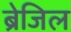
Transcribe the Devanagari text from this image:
ब्रेजिल